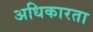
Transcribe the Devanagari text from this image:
अधिकारता